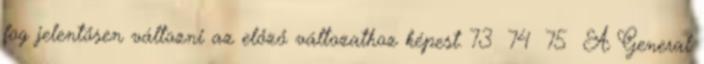
fog jelentősen változni az előző változathoz képest. 73 74 75 A General